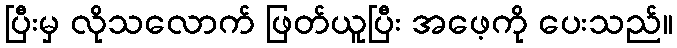
ပြီးမှ လိုသလောက် ဖြတ်ယူပြီး အဖေ့ကို ပေးသည်။